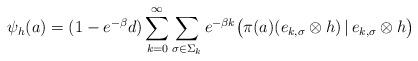
LaTeX: \begin{align*}\psi_h(a)=(1-e^{-\beta}d)\sum_{k=0}^\infty\sum_{\sigma\in\Sigma_k}e^{-\beta k}\big(\pi(a)(e_{k,\sigma}\otimes h)\,|\,e_{k,\sigma}\otimes h\big)\quad\end{align*}